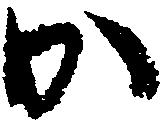
か